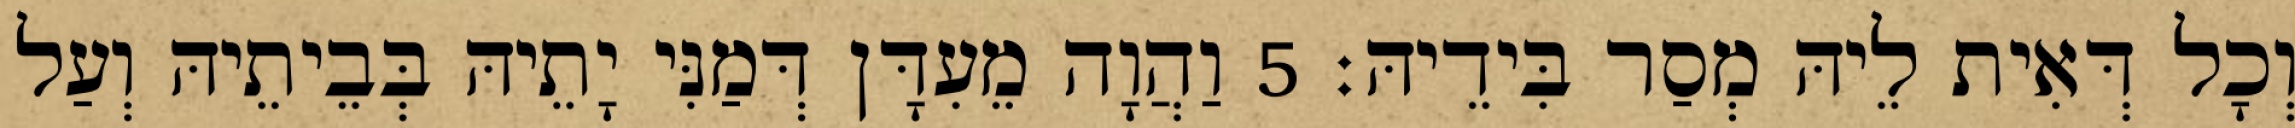
וְכָל דְּאִית לֵיהּ מְסַר בִּידֵיהּ׃ 5 וַהֲוָה מֵעִדָּן דְּמַנִּי יָתֵיהּ בְּבֵיתֵיהּ וְעַל